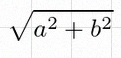
\sqrt{a^2+b^2}